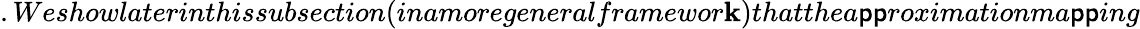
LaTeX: .Weshowlaterinthissubsection(inamoregeneralframewor\mathbf{k})thatthea\mathsf{p}\mathsf{p}roximationma\mathsf{p}\mathsf{p}ing